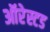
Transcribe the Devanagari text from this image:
ऑरेस्टड